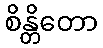
စိန္တိတော